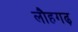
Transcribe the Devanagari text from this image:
लौहगढ़